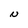
Character: N